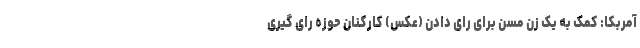
آمربکا: کمک به یک زن مسن برای رای دادن (عکس) کارکنان حوزه رای گیری